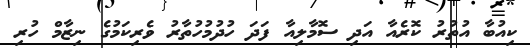
ކިއުބާ އުތުރު ކޮރެއާ އަދި ސޮމާލިއާ ފަދަ ހުދުމުހުތާރު ވެރިކަމުގެ ނިޒާމް ހުރި